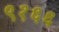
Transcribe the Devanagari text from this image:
९१६६